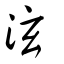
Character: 泫